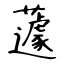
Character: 蘧